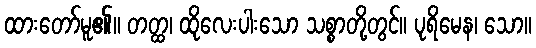
ထားတော်မူ၏။ တတ္ထ၊ ထိုလေးပါးသော သစ္စာတို့တွင်။ ပုရိမေန၊ သော။